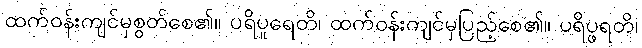
ထက်ဝန်းကျင်မှစွတ်စေ၏။ ပရိပူရေတိ၊ ထက်ဝန်းကျင်မှပြည့်စေ၏။ ပရိပ္ဖရတိ၊